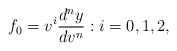
\begin{align*} f_0=v^i\frac{d^ny}{dv^n}:i=0,1,2,\end{align*}